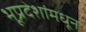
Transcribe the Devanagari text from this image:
भूप्रदेशांमधून